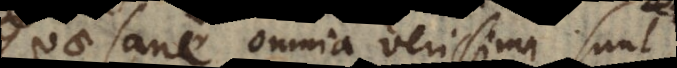
Quae sane omnia verissima sunt,